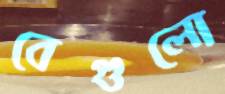
বেগুলো